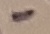
Text: -